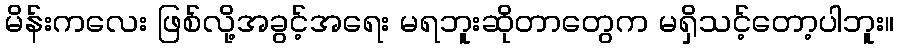
မိန်းကလေး ဖြစ်လို့အခွင့်အရေး မရဘူးဆိုတာတွေက မရှိသင့်တော့ပါဘူး။